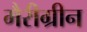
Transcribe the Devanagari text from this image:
मैरीग्रीन